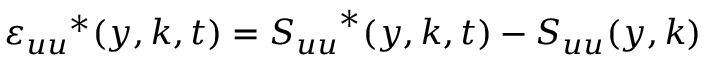
\boldsymbol { \varepsilon _ { u u } } ^ { * } ( y , \boldsymbol { k } , t ) = \boldsymbol { S _ { u u } } ^ { * } ( y , \boldsymbol { k } , t ) - \boldsymbol { S _ { u u } } ( y , \boldsymbol { k } )